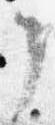
了